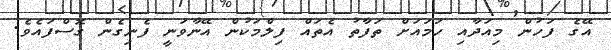
އޭގެ ފަހުން މިއަދާއި ހަމައަށް ތަފާތު އެތައް ފިލްމަކުން އޭނާވަނީ ފެނިގެން ގޮސްފައެވެ.